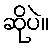
ဆိုပဲ။